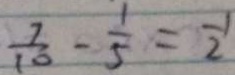
\frac { 7 } { 1 0 } - \frac { 1 } { 5 } = \frac { 1 } { 2 }